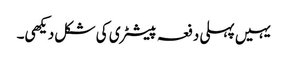
یہیں پہلی دفعہ پیسٹری کی شکل دیکھی۔